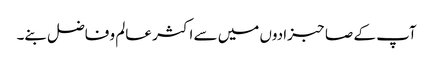
آپ کے صاحبزادوں میں سے اکثر عالم و فاضل بنے۔